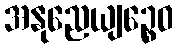
အနုညေယျဉ္စေဝ